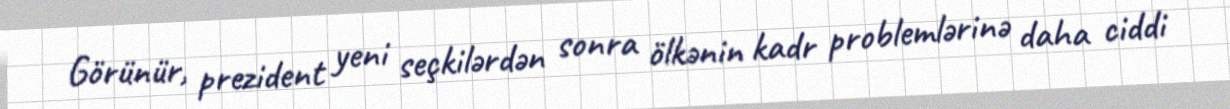
Görünür, prezident yeni seçkilərdən sonra ölkənin kadr problemlərinə daha ciddi